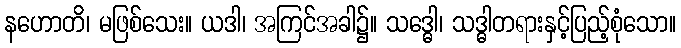
နဟောတိ၊ မဖြစ်သေး။ ယဒါ၊ အကြင်အခါ၌။ သဒ္ဓေါ၊ သဒ္ဓါတရားနှင့်ပြည့်စုံသော။